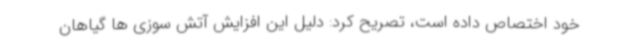
خود اختصاص داده است، تصریح کرد: دلیل این افزایش آتش سوزی ها گیاهان